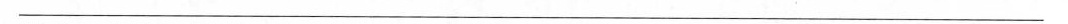
___